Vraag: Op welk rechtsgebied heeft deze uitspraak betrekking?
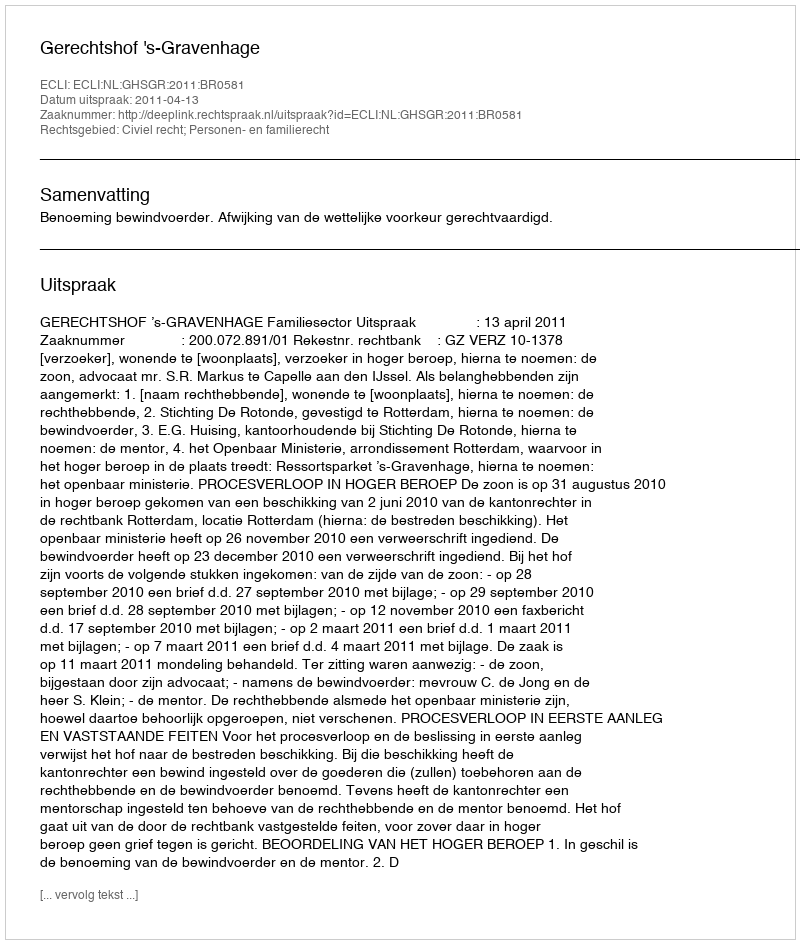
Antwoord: Civiel recht; Personen- en familierecht